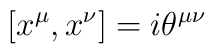
[x^{\mu},  x^{\nu}] = i \theta^{\mu \nu}